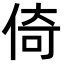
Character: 倚